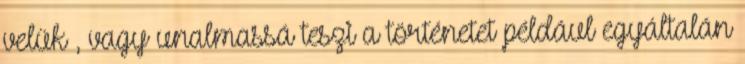
velük , vagy unalmassá teszi a történetet például egyáltalán